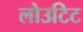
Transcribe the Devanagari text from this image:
लोउटिट